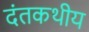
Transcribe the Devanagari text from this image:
दंतकथीय